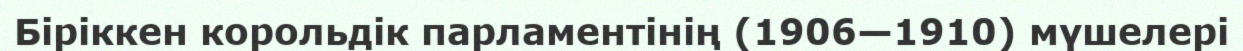
Біріккен корольдік парламентінің (1906—1910) мүшелері